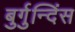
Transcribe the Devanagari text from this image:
बुर्गुन्दिंस